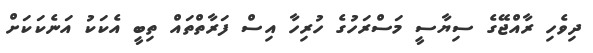
ދިވެހި ރާއްޖޭގެ ސިޔާސީ މަސްރަހުގެ ހުރިހާ އިސް ފަރާތްތައް ތިބީ އެކަކު އަނެކަކަށް